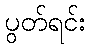
ပွတ်ရင်း